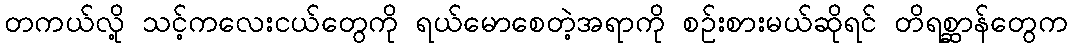
တကယ်လို့ သင့်ကလေးငယ်တွေကို ရယ်မောစေတဲ့အရာကို စဥ်းစားမယ်ဆိုရင် တိရစ္ဆာန်တွေက